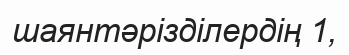
шаянтәрізділердің 1,